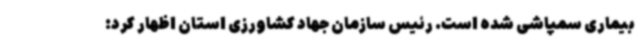
بیماری سمپاشی شده است. رئیس سازمان جهاد کشاورزی استان اظهار کرد: